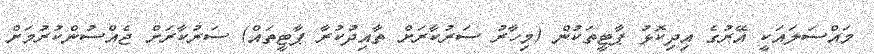
މައްސަލައަކީ އޭރުގެ އިދިކޮޅު ޕާޓީތަކުން (މިހާރު ސަރުކާރަށް ތާއިދުކުރާ ޕާޓީތައް) ސަރުކާރަށް ޖެއްސުންކުރުމަށް